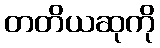
တတိယဆုကို